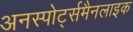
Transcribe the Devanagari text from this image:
अनस्पोर्ट्समैनलाइक